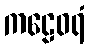
ကဠေဝရံ